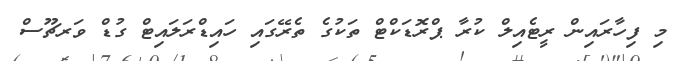
މި ފިހާރައިން ރީޓެއިލް ކުރާ ޕްރޮޑަކްޓް ތަކުގެ ތެރޭގައި ހައިޑްރަލައިޓް ގުޑް ވަރޗޫސް